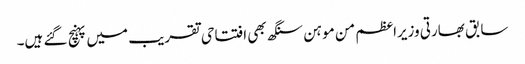
سابق بھارتی وزیراعظم من موہن سنگھ بھی افتتاحی تقریب میں پہنچ گئے ہیں۔